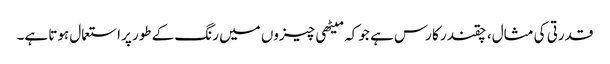
قدرتی کی مثال، چقندر کا رس ہے جو کہ میٹھی چیزوں میں رنگ کے طور پراستعمال ہوتا ہے۔